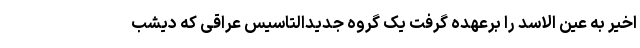
اخیر به عین الاسد را برعهده گرفت یک گروه جدیدالتاسیس عراقی که دیشب